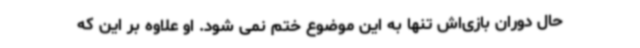
حال دوران بازی‌اش تنها به این موضوع ختم نمی شود. او علاوه بر این که